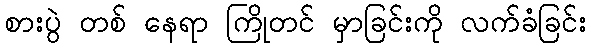
စားပွဲ တစ် နေရာ ကြိုတင် မှာခြင်းကို လက်ခံခြင်း